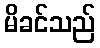
မိခင်သည်